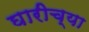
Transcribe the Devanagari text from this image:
घारीच्या